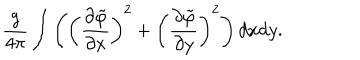
LaTeX: \frac { g } { 4 \pi } \int \left( \left( \frac { \partial \tilde { \varphi } } { \partial x } \right) ^ { 2 } + \left( \frac { \partial \tilde { \varphi } } { \partial y } \right) ^ { 2 } \right) d x d y .